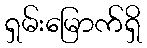
ရှမ်းမြောက်ရှိ